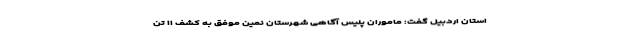
استان اردبیل گفت: ماموران پلیس آگاهی شهرستان نمین موفق به کشف ۱۱ تن